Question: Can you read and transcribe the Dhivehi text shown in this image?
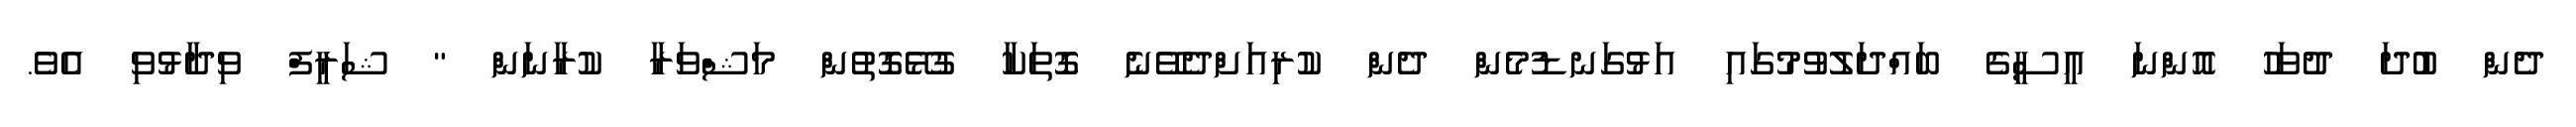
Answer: ދެން ބުދަ ދުވަހު އޮންނަ އީސީގެ ބައްދަލުވުމުގައި އަޅުގަނޑުމެން ދެން ކުރިއަށްދެވޭނެ ގޮތަކާ ގުޅޭގޮތުން މަޝްވަރާ ކުރާނަން " ޝަރީފް ވިދާޅުވި އެވެ.